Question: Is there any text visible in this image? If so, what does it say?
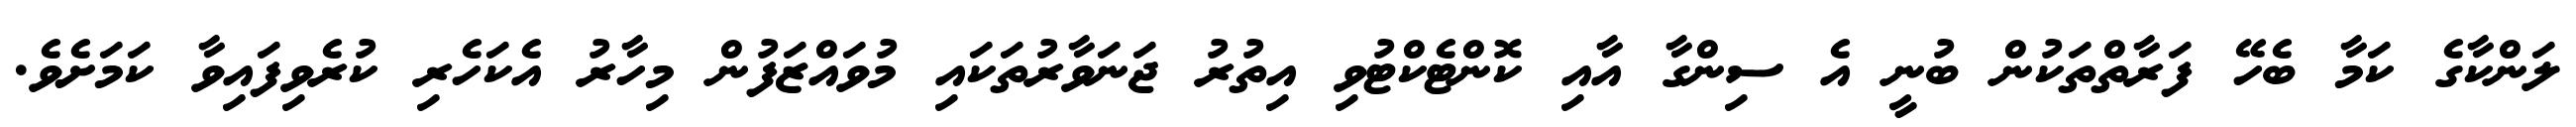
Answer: ލަންކާގެ ކަމާ ބެހޭ ފަރާތްތަކުން ބުނީ އެ ސިންގާ އާއި ކޮންޓެކްޓުވި އިތުރު ޖަނަވާރުތަކައި މުވައްޒަފުން މިހާރު އެކަހެރި ކުރެވިފައިވާ ކަމަށެވެ.